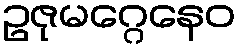
ဥဇုမဂ္ဂေနေဝ